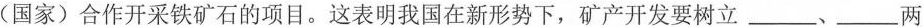
(国家)合作开采铁矿石的项目。这表明我国在新形势下，矿产开发要树立___、___两